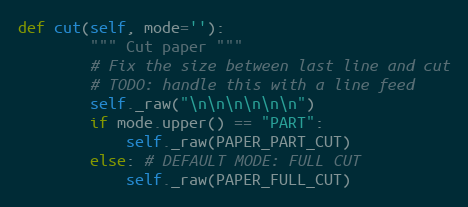
Language: Python
def cut(self, mode=''):
        """ Cut paper """
        # Fix the size between last line and cut
        # TODO: handle this with a line feed
        self._raw("\n\n\n\n\n\n")
        if mode.upper() == "PART":
            self._raw(PAPER_PART_CUT)
        else: # DEFAULT MODE: FULL CUT
            self._raw(PAPER_FULL_CUT)